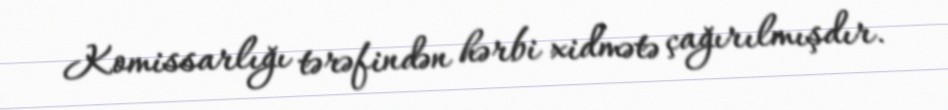
Komissarlığı tərəfindən hərbi xidmətə çağırılmışdır.